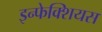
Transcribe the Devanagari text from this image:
इन्फेक्शियस